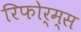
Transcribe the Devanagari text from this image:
रिफोर्म्स